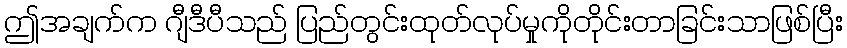
ဤအချက်က ဂျီဒီပီသည် ပြည်တွင်းထုတ်လုပ်မှုကိုတိုင်းတာခြင်းသာဖြစ်ပြီး